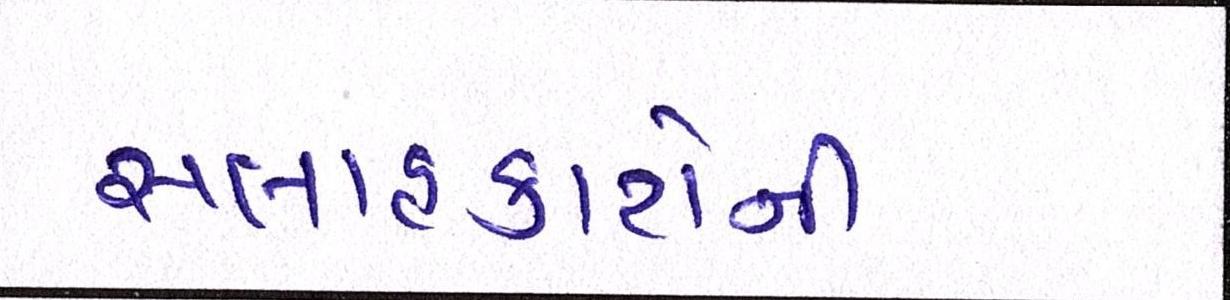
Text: સલાહકારોની